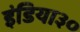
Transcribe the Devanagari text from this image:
इंडिया३०